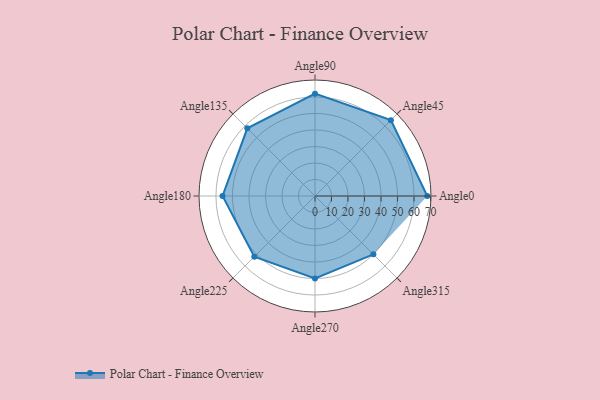
{"axis": {"x": "Angle", "y": "Radius"}, "legend": [""], "data": [{"x": "Angle0", "y": 68.0, "type": ""}, {"x": "Angle45", "y": 65.0, "type": ""}, {"x": "Angle90", "y": 62.0, "type": ""}, {"x": "Angle135", "y": 58.0, "type": ""}, {"x": "Angle180", "y": 56.0, "type": ""}, {"x": "Angle225", "y": 52.0, "type": ""}, {"x": "Angle270", "y": 50, "type": ""}, {"x": "Angle315", "y": 50, "type": ""}]}